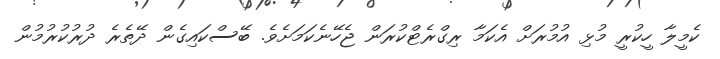
ކެމީލާ ހީކުރީ މުޅި އުމުރަށް އެކަމާ ރިގްރެޓްކުރަން ޖެހޭނެކަމަށެވެ. ބޭސްކައިގެން ދޭތެރެ ދުރުކުރުމުން